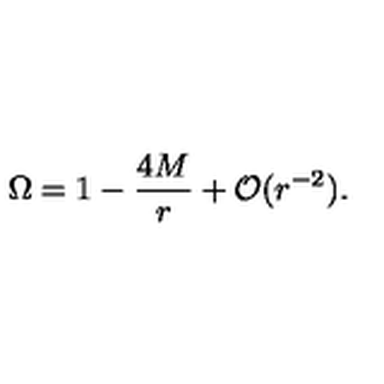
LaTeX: \Omega = 1 - \frac { 4 M } { r } + { \cal O } ( r ^ { - 2 } ) .